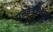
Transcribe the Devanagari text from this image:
एलेक्जेन्ड्रिया